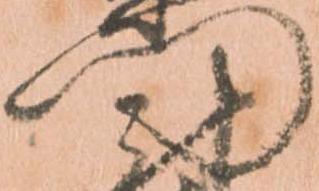
門